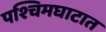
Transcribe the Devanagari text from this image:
पश्चिमघाटात